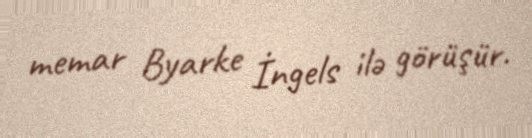
memar Byarke İngels ilə görüşür.